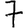
Digit: 7